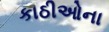
કાઠીઓના